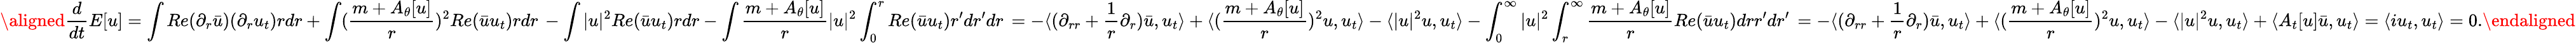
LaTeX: \aligned\frac{d}{dt}E[u]=\int Re(\partial_{r}\bar{u})(\partial_{r}u_{t})rdr+\int(\frac{m+A_{\theta}[u]}{r})^{2}Re(\bar{u}u_{t})rdr\, -\int|u|^{2}Re(\bar{u}u_{t})rdr-\int\frac{m+A_{\theta}[u]}{r}|u|^{2}\int_{0}^{r}Re(\bar{u}u_{t})r^{\prime}dr^{\prime}dr\, =-\langle(\partial_{rr}+\frac{1}{r}\partial_{r})\bar{u},u_{t}\rangle+\langle(\frac{m+A_{\theta}[u]}{r})^{2}u,u_{t}\rangle-\langle|u|^{2}u,u_{t}\rangle-\int_{0}^{\infty}|u|^{2}\int_{r}^{\infty}\frac{m+A_{\theta}[u]}{r}Re(\bar{u}u_{t})drr^{\prime}dr^{\prime}\, =-\langle(\partial_{rr}+\frac{1}{r}\partial_{r})\bar{u},u_{t}\rangle+\langle(\frac{m+A_{\theta}[u]}{r})^{2}u,u_{t}\rangle-\langle|u|^{2}u,u_{t}\rangle+\langle A_{t}[u]\bar{u},u_{t}\rangle=\langle iu_{t},u_{t}\rangle=0.\endaligned